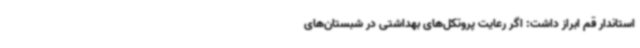
استاندار قم ابراز داشت: اگر رعایت پروتکل‌های بهداشتی در شبستان‌های